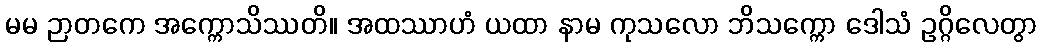
မမ ဉာတကေ အက္ကောသိဿတိ။ အထဿာဟံ ယထာ နာမ ကုသလော ဘိသက္ကော ဒေါသံ ဥဂ္ဂိလေတွာ